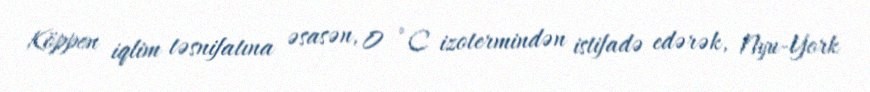
Köppen iqlim təsnifatına əsasən, 0 °C izotermindən istifadə edərək, Nyu-York